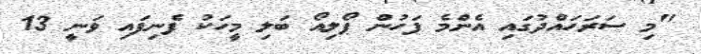
"މި ސަރަހައްދުގައި އެންމެ ފަހުން ޕޯލިއޯ ބަލި މީހަކު ފެނިފައި ވަނީ 13